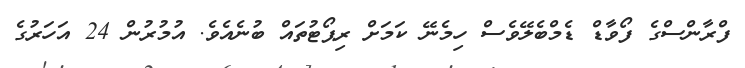
ފްރާންސްގެ ފޯވާޑް ޑެމްބެލޭވެސް ހިމެނޭ ކަމަށް ރިޕޯޓުތައް ބުނެއެވެ. އުމުރުން 24 އަހަރުގެ